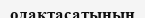
одақтасатынын